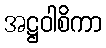
အဋ္ဌဝါစိကာ